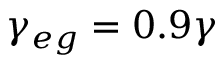
\gamma _ { e g } = 0 . 9 \gamma